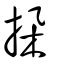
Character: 挆